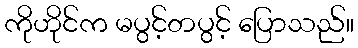
ကိုဟိုင်က မပွင့်တပွင့် ပြောသည်။